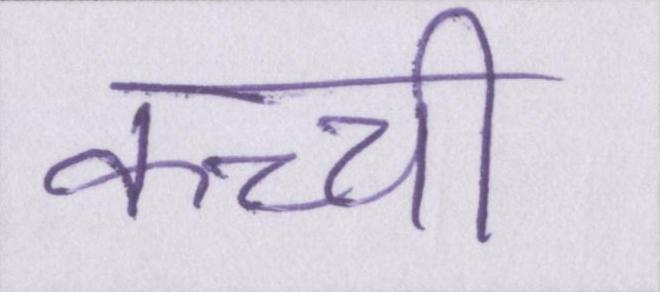
कच्ची